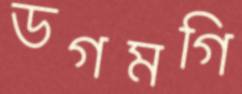
ডগমগি